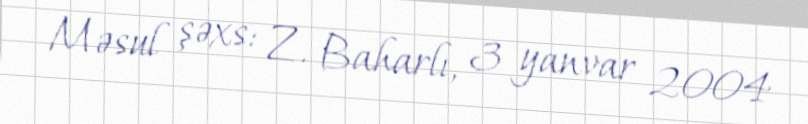
Məsul şəxs: Z. Baharlı, 3 yanvar 2004